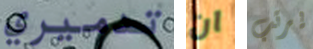
تدميري ان يرتب